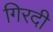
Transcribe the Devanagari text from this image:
गिरदी